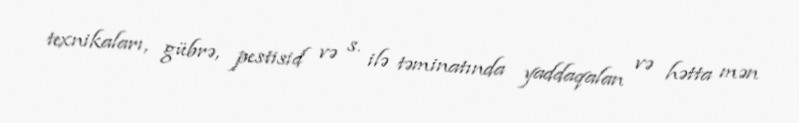
texnikaları, gübrə, pestisid və s. ilə təminatında yaddaqalan və hətta mən